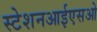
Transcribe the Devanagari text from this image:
स्टेशनआईएसओ